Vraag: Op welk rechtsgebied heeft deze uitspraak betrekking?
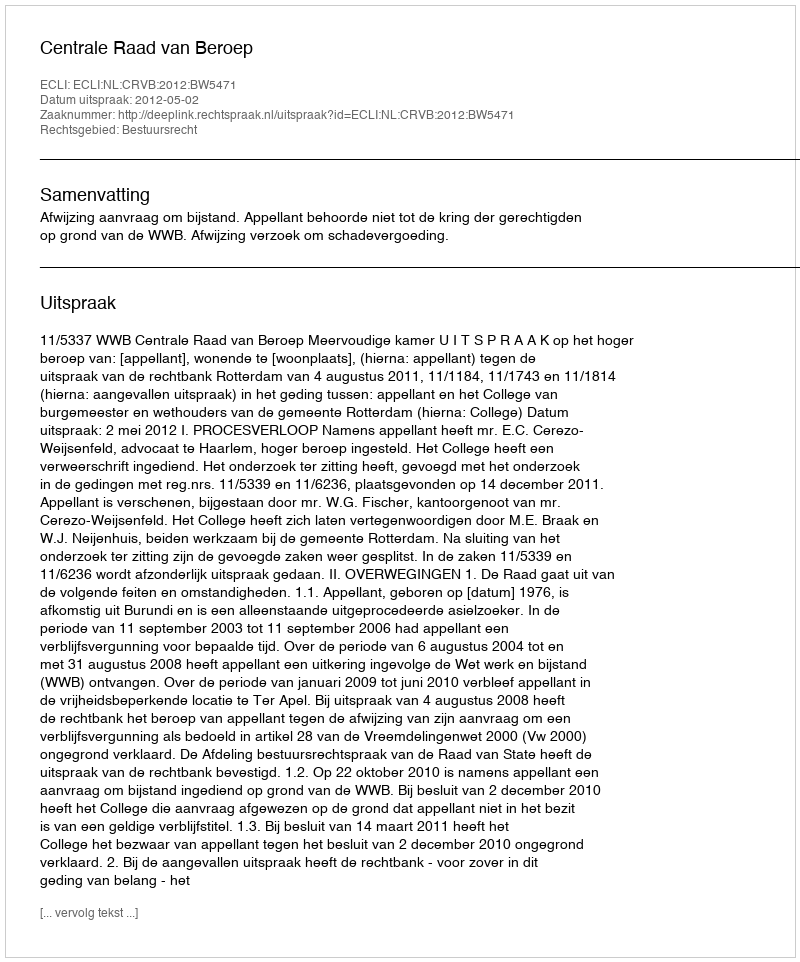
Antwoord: Bestuursrecht